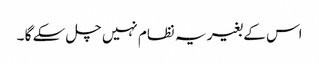
اس کے بغیر یہ نظام نہیں چل سکے گا ۔